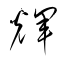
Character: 輝